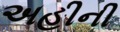
અહીની